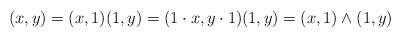
LaTeX: \begin{align*}(x,y)=(x,1)(1,y)=(1\cdot x,y\cdot 1)(1,y)=(x,1)\wedge(1,y)\end{align*}